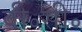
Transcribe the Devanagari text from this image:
वी॰सी॰